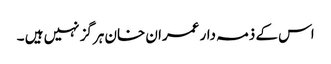
اس کے ذمہ دار عمران خان ہرگز نہیں ہیں ۔